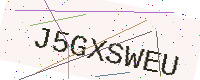
Text: J5GXSWEU